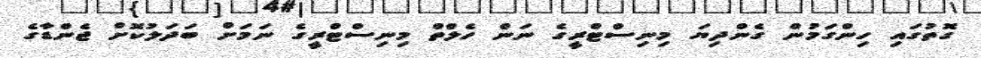
ގޮތުގައި ހިންގަމުން ގެންދިޔަ މިނިސްޓްރީގެ ނަން ހެލްތް މިނިސްޓްރީގެ ނަމަށް ބަދަލުކޮށް ޖެންޑާގެ